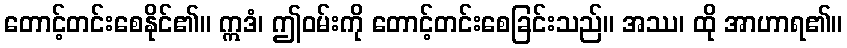
တောင့်တင်းစေနိုင်၏။ ဣဒံ၊ ဤဝမ်းကို တောင့်တင်းစေခြင်းသည်။ အဿ၊ ထို အာဟာရ၏။